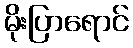
မိုးပြာရောင်